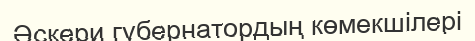
Әскери губернатордың көмекшілері